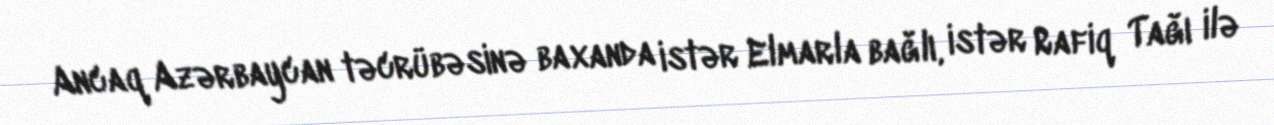
Ancaq Azərbaycan təcrübəsinə baxanda istər Elmarla bağlı, istər Rafiq Tağı ilə